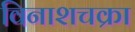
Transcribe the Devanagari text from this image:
विनाशचक्रा